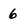
Character: 6